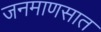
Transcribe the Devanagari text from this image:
जनमाणसात